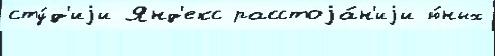
сту́д'иjи Янд'екс расстоjа́н'иjи ю́ных